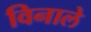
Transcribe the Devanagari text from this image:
विनाले